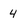
Character: 4